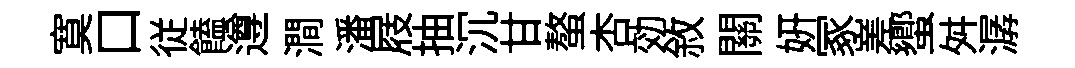
寞口従饁遵澗潘屐抽沉甘螯杏効敘關妍冢嵳蠁舛潺